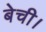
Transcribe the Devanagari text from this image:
बेची।